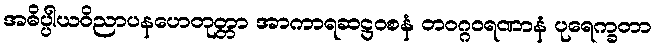
အဓိပ္ပါယဝိညာပနဟေတုတ္တာ အာကာရဆဋ္ဌဝစနံ တဝဂ္ဂဝရဏာနံ ပုရေက္ခတာ